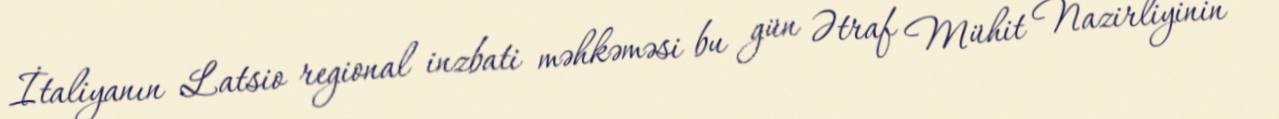
İtaliyanın Latsio regional inzbati məhkəməsi bu gün Ətraf Mühit Nazirliyinin